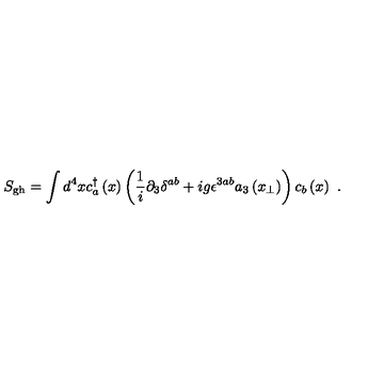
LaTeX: S _ { \mathrm { g h } } = \int d ^ { 4 } x c _ { a } ^ { \dagger } \left( x \right) \left( \frac { 1 } { i } \partial _ { 3 } \delta ^ { a b } + i g \epsilon ^ { 3 a b } a _ { 3 } \left( x _ { \perp } \right) \right) c _ { b } \left( x \right) \ .